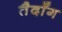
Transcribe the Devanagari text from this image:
तैदॉँग